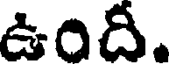
ఉందీ.